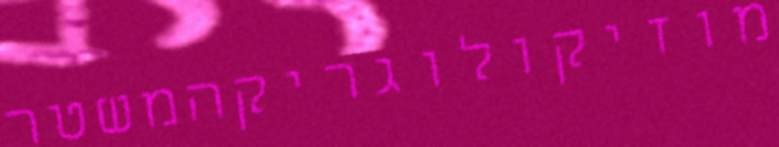
מוזיקולוגריקהמשטר